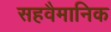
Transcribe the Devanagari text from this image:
सहवैमानिक